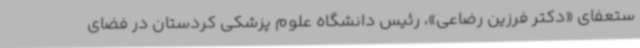
ستعفای «دکتر فرزین رضاعی»، رئیس دانشگاه علوم پزشکی کردستان در فضای